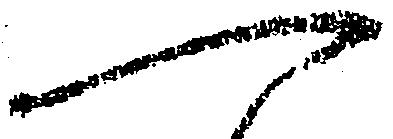
一